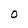
Character: O